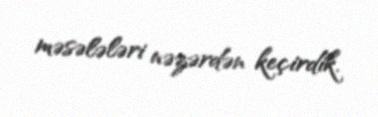
məsələləri nəzərdən keçirdik.